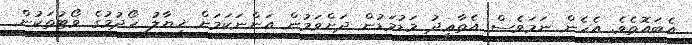
އެބައޮތެވެ. އެހެން ނަމަވެސް އެތާޢީދު މަޑުމަޑުން ދަށްވަމުން އަންނަކަމަށް ޚިޔާލު ހޯދުމުގެ ވޯޓުތަކުން